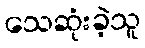
သေဆုံးခဲ့သူ